Indian Medical Review
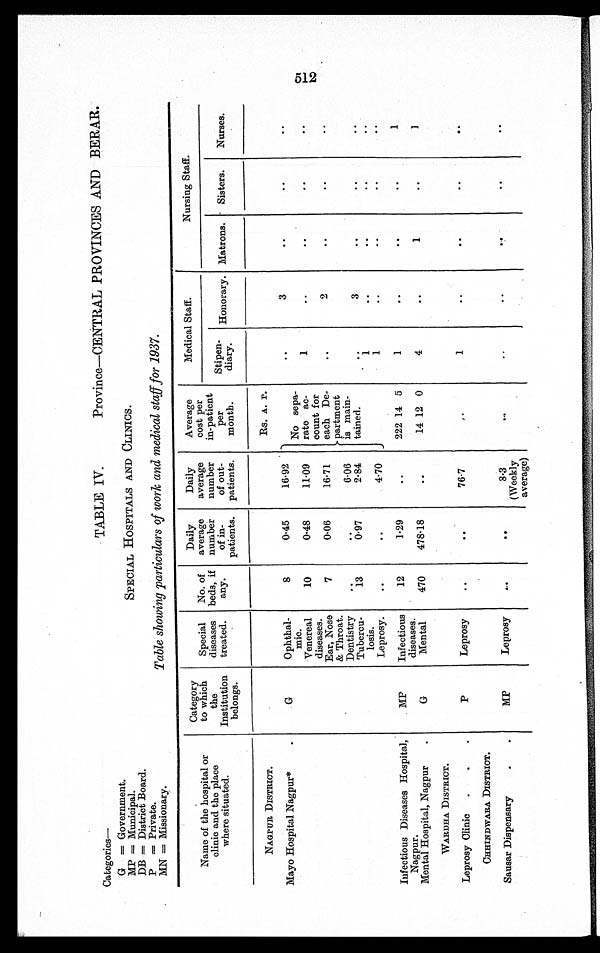
Categories
—
G = Government.
MP = Municipal.
DB = District Board.
P = Private.
MN = Missionary.
Province—CENTRAL PROVINCES AND BERAR.
SPECIAL HOSPITALS AND CLINICS.
Table showing particulars of work and medical staff for 1937.
TABLE IV.
Name of the hospital or
clinic and the place
where situated.
Category
to which
the
Institution
belongs.
Special
diseases
treated.
No. of
beds, if
any.
Daily
average
number
of in-
patients.
Daily
average
number
of out-
patients.
Average
cost per
in-patient
per
month.
Medical Staff.
Nursing Staff.
Stipen-
diary. Honorary. Matrons. Sisters.
Nurses.
NAGPUR DISTRICT.
Rs. A. P.
Mayo Hospital Nagpur*
G
Ophthal-
mic.
8
0.45
16.92
No sepa
-
rate ac-
count for
each De-
partment
is main
-
tained
..
3
. .
. .
..
Venereal
diseases.
10
0.48
11.09
1
..
. .
..
..
Ear, Nose
& Throat.
7
0.06
16.71
..
2
. .
..
..
Dentistry
..
. .
6.06
. .
3
. .
. .
. .
Tubercu-
losis.
13
0.97
2.84
1
..
..
..
..
Leprosy.
..
..
4.70
1
..
..
..
..
Infectious Diseases Hospital,
Nagpur.
MP
Infectious
diseases.
12
1.29
..
222 14 5
1
..
. .
..
1
Mental Hospital, Nagpur
G
Mental
470
478.18
..
14 12 0
4
. .1
..
1
WARDHA DISTRICT.
Leprosy Clinic
P
Leprosy
..
. .
76.7
. .1
. .
. .
. .
. .
CHHINDWARA DISTRICT.
Sausar Dispensary
MP
Leprosy
..
. .
8.3
(Weekly
average)
..
..
. .
. .
. .
. .